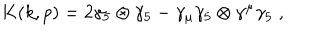
K ( k , p ) = 2 \gamma _ { 5 } \otimes \gamma _ { 5 } - \gamma _ { \mu } \gamma _ { 5 } \otimes \gamma ^ { \mu } \gamma _ { 5 } \; ,